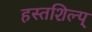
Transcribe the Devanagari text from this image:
हस्तशिल्प्